Report on vaccination in Madras 1877-1894 - 1877-1894
Year: 1877
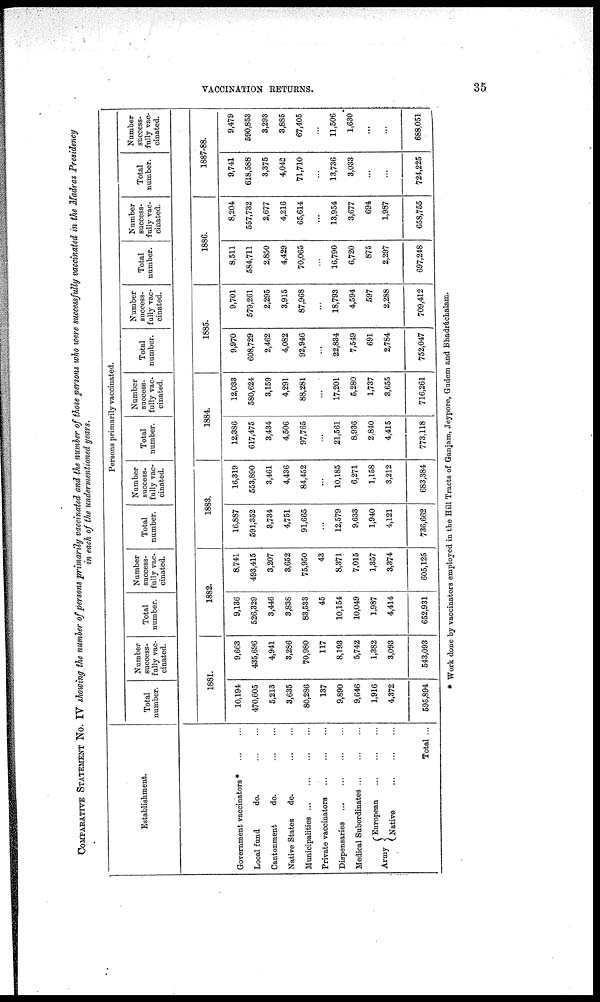
VACCINATION RETURNS.
35
COMPARATIVE STATEMENT No. IV showing the number of persons primarily vaccinated and the number of those persons who were successfully vaccinated in the Madras Presidency
in each of the undermentioned years.
Establishment.
Government vaccinators *
...
...
Local fund
do.
...
...
Cantonment
do.
...
...
Native States
do.
...
...
Municipalities
...
...
...
...
Private vaccinators
...
...
...
Dispensaries
...
...
...
...
Medical Subordinates
...
...
...
Army
European
...
...
...
Native
...
...
...
Total ...
Persons primarily vaccinated.
Total
number.
Number
success-
fully vac-
cinated.
Total
number.
Number
success-
fully vac-
cinated.
Total
number.
Number
success-
fully vac-
cinated.
Total
number.
Number
success-
fully vac-
cinated.
Total
number.
Number
success-
fully vac-
cinated.
Total
number.
Number
success-
fully vac-
cinated.
Total
number.
Number
success-
fully vac-
cinated.
1881.
10,194
470,605
5,213
3,635
80,286
137
9,890
9,646
1,916
4,372
595,894
9,663
435,696
4,941
3,286
70,980
117
8,193
5,742
1,382
3,093
543,093
1882.
9,136
526,329
3,446
3,838
83,533
45
10,154
10,049
1,987
4,414
652,931
8,741
493,415
3,207
3,652
75,950
43
8,371
7,015
1,357
3,374
605,125
1883.
16,887
591,352
3,734
4,751
91,665
...
12,579
9,633
1,940
4,121
736,662
16,319
553,890
3,461
4,436
84,452
...
10,185
6,271
1,158
3,212
683,384
1884.
12,386
617,475
3,434
4,506
97,765
...
21,561
8,936
2,840
4,415
773,118
12,033
580,624
3,159
4,291
88,281
...
17,201
5,280
1,737
3,655
716,261
1885.
9,970
608,729
2,462
4,082
92,946
...
22,834
7,549
691
2,784
752,047
9,701
579,261
2,295
3,915
87,968
...
18,793
4,594
597
2,288
709,412
1886.
8,511
584,711
2,850
4,429
70,065
...
16,790
6,720
875
2,297
697,248
8,204
557,732
2,677
4,216
65,614
...
13,954
3,677
694
1,987
658,755
1887-88.
9,741
618,588
3,375
4,042
71,710
...
13,736
3,033
...
...
724,225
9,479
590,853
3,293
3,885
67,405
...
11,506
1,630
...
...
688,051
* Work done by vaccinators employed in the Hill Tracts of Ganjam, Jeypore, Gudem and Bhadráchalam.